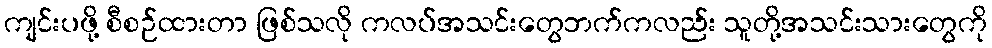
ကျင်းပဖို့ စီစဉ်ထားတာ ဖြစ်သလို ကလပ်အသင်းတွေဘက်ကလည်း သူတို့အသင်းသားတွေကို